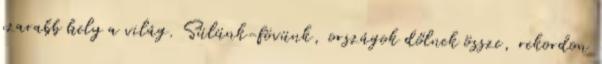
szarabb hely a világ. Sülünk-fövünk, országok dőlnek össze, rekordon